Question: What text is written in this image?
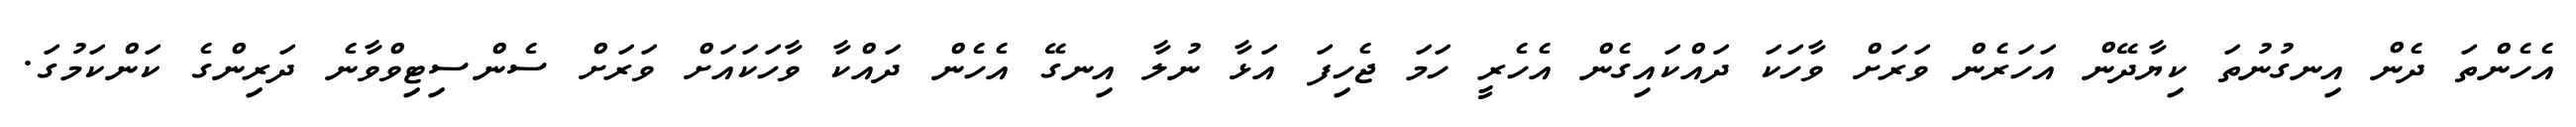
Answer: އެހެންތަ ދެން އިނގުނުތަ ކިޔާދޭން އަހަރެން ވަރަށް ވާހަކަ ދައްކައިގެން އެހެރީ ހަމަ ޖެހިފަ އަޅާ ނުލާ އިނގޭ އެހެން ދައްކާ ވާހަކައަށް ވަރަށް ސެންސިޓިވްވާނެ ދަރިންގެ ކަންކަމުގަ.